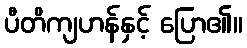
ပီတိကျဟန်နှင့် ပြော၏။